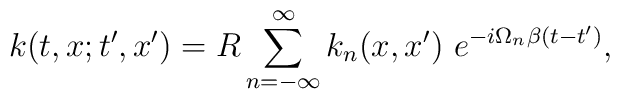
k(t,x;t^{\prime },x^{\prime })=R \sum\limits_{n=-\infty }^\infty  k_n(x,x^{\prime })\ e^{-i\Omega _n\beta (t-t^{\prime })},